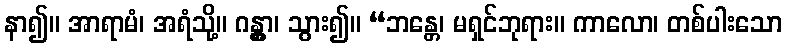
နာ၍။ အာရာမံ၊ အရံသို့။ ဂန္တွာ၊ သွား၍။ “ဘန္တေ၊ မရှင်ဘုရား။ ကာလော၊ တစ်ပါးသော